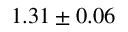
1 . 3 1 \pm 0 . 0 6